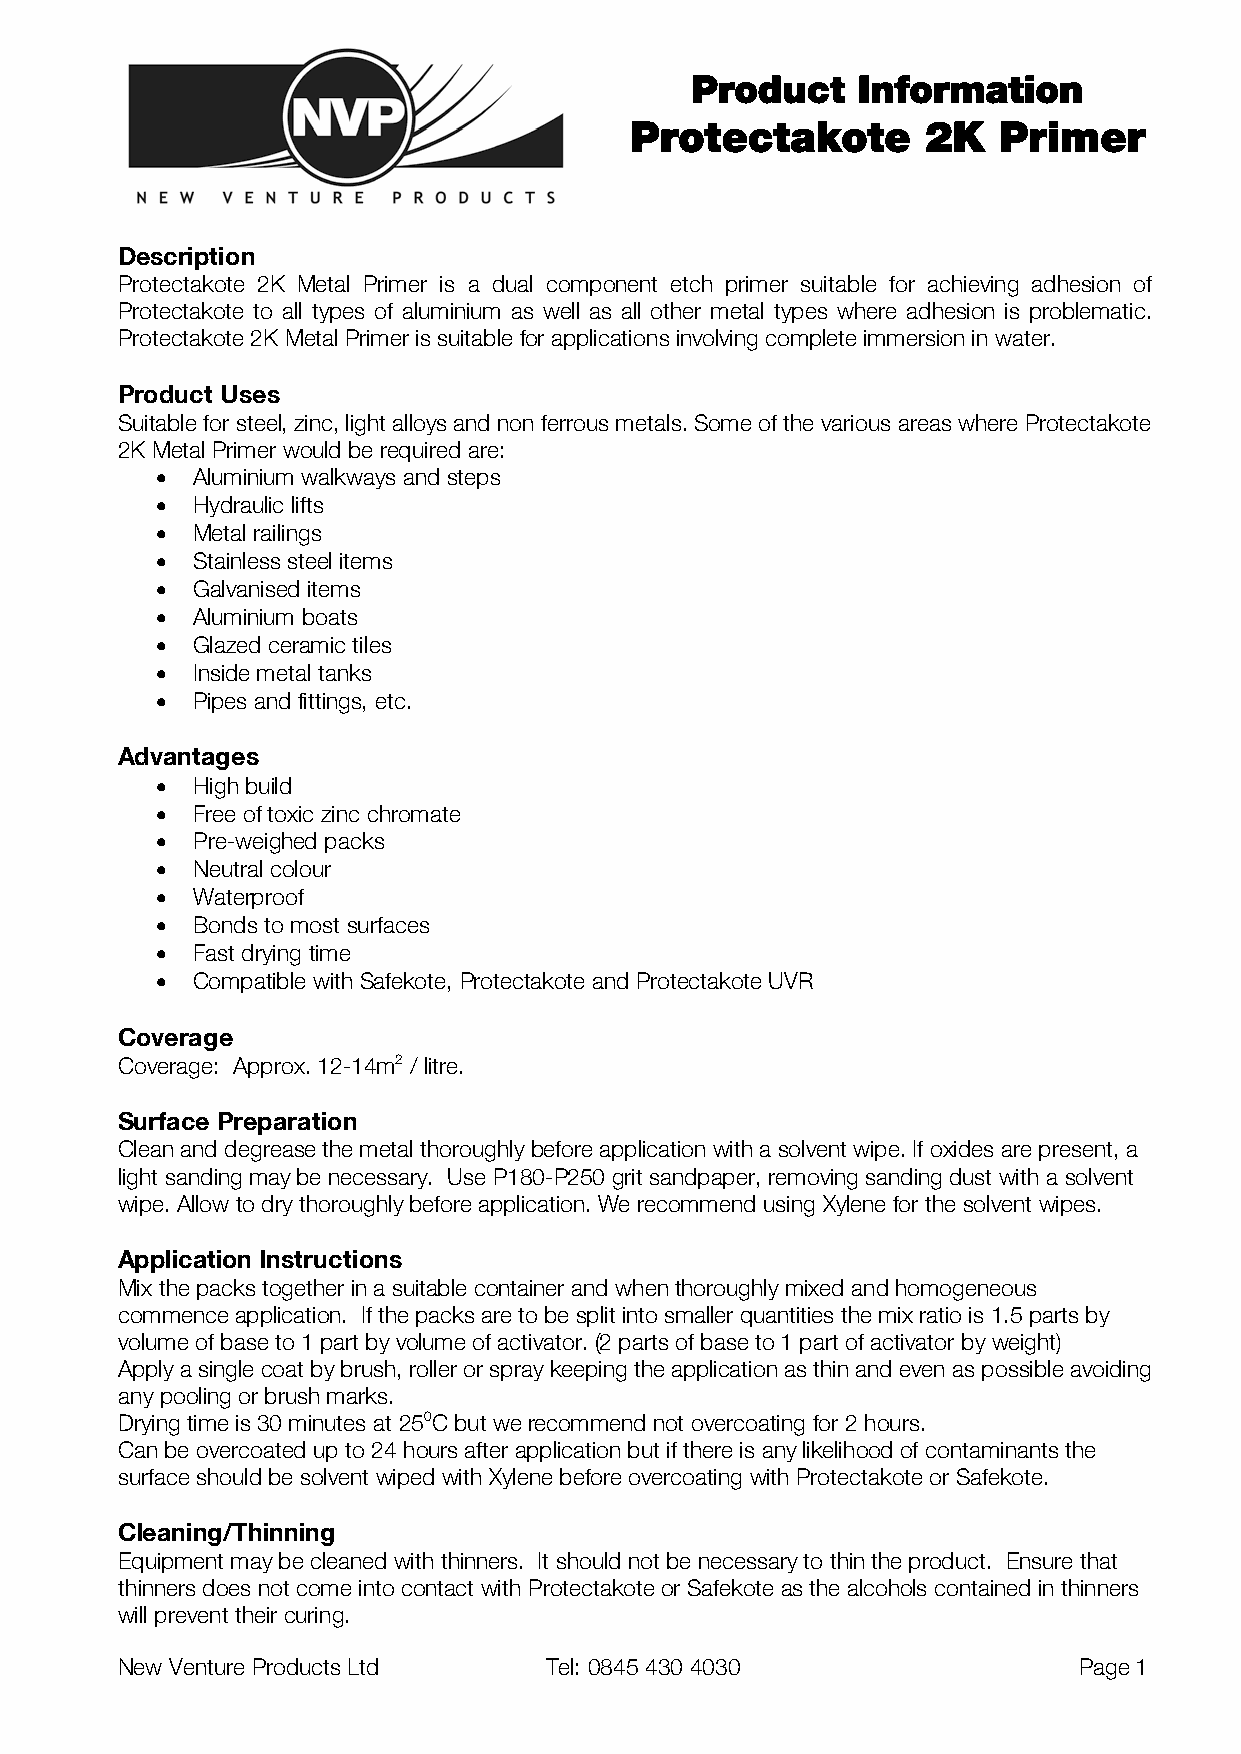
Product    Information
 Protectakote       2K   Primer
 Description
 Protectakote 2K Metal Primer is a dual component etch primer suitable for achieving adhesion of
 Protectakote to all types of aluminium as well as all other metal types where adhesion is problematic.
 Protectakote 2K Metal Primer is suitable for applications involving complete immersion in water.
 Product Uses
 Suitable for steel, zinc, light alloys and non ferrous metals. Some of the various areas where Protectakote
 2K Metal Primer would be required are:
 •  Aluminium walkways and steps
 •  Hydraulic lifts
 •  Metal railings
 •  Stainless steel items
 •  Galvanised items
 •  Aluminium boats
 •  Glazed ceramic tiles
 •  Inside metal tanks
 •  Pipes and fittings, etc.
 Advantages
 •  High build
 •  Free of toxic zinc chromate
 •  Pre-weighed packs
 •  Neutral colour
 •  Waterproof
 •  Bonds to most surfaces
 •  Fast drying time
 •  Compatible with Safekote, Protectakote and Protectakote UVR
 Coverage
 Coverage: Approx. 12-14m2 / litre.
 Surface Preparation
 Clean and degrease the metal thoroughly before application with a solvent wipe. If oxides are present, a
 light sanding may be necessary. Use P180-P250 grit sandpaper, removing sanding dust with a solvent
 wipe. Allow to dry thoroughly before application. We recommend using Xylene for the solvent wipes.
 Application Instructions
 Mix the packs together in a suitable container and when thoroughly mixed and homogeneous
 commence application. If the packs are to be split into smaller quantities the mix ratio is 1.5 parts by
 volume of base to 1 part by volume of activator. (2 parts of base to 1 part of activator by weight)
 Apply a single coat by brush, roller or spray keeping the application as thin and even as possible avoiding
 any pooling or brush marks.
 Drying time is 30 minutes at 250C but we recommend not overcoating for 2 hours.
 Can be overcoated up to 24 hours after application but if there is any likelihood of contaminants the
 surface should be solvent wiped with Xylene before overcoating with Protectakote or Safekote.
 Cleaning/Thinning
 Equipment may be cleaned with thinners. It should not be necessary to thin the product. Ensure that
 thinners does not come into contact with Protectakote or Safekote as the alcohols contained in thinners
 will prevent their curing.
 New Venture Products Ltd    Tel: 0845 430 4030                 Page 1